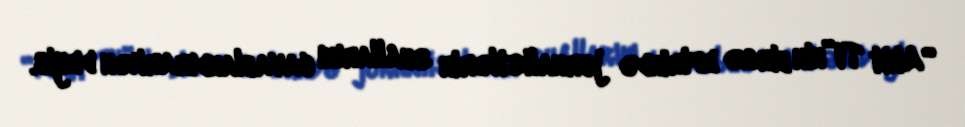
“Akit TV”nin birgə efirində jurnalistlərin suallarını cavablandırarkən deyib.